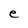
Character: e